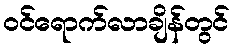
ဝင်ရောက်လာချိန်တွင်